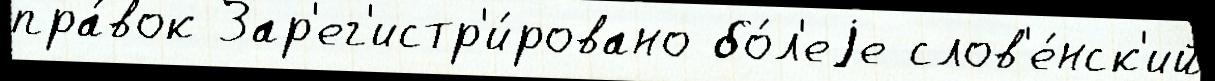
пра́вок Зар'ег'истр'и́ровано бо́л'еjе слов'е́нск'ий